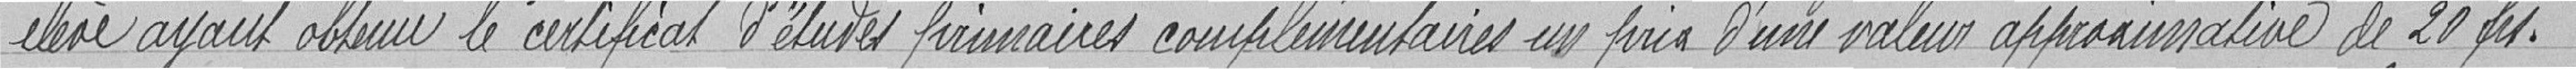
élève ayant obtenu le certificat d'élèves primaires complémentaires un prix d'une valeur approximative de 20 francs.